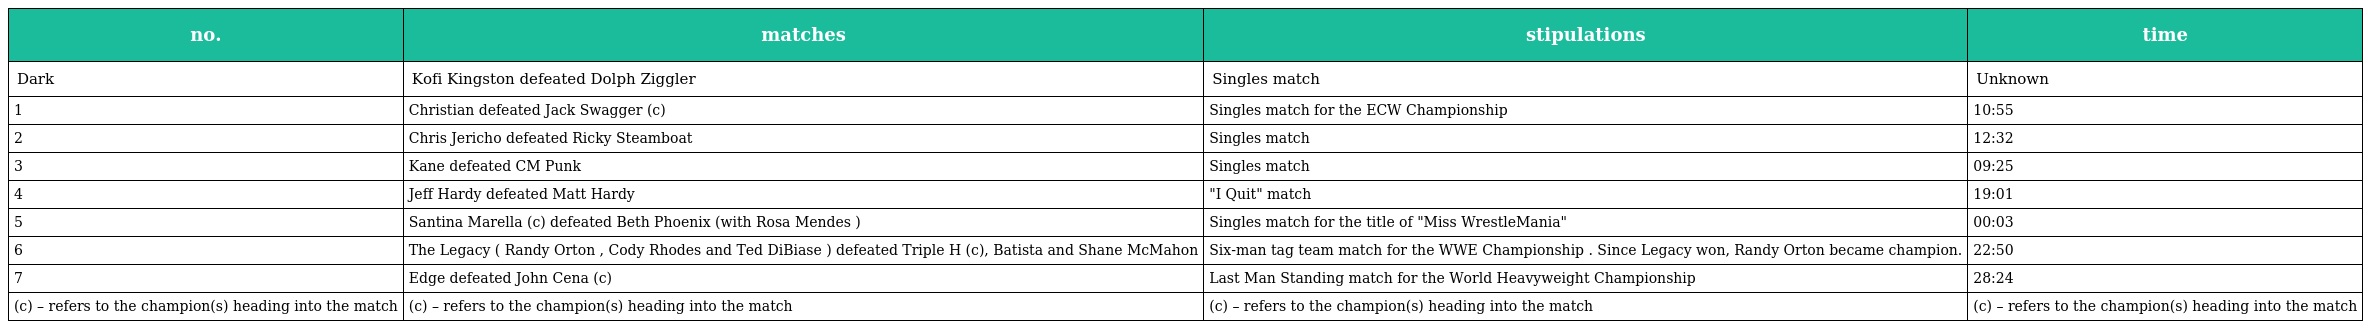
| no. | matches | stipulations | time |
 | --- | --- | --- | --- |
 | Dark | Kofi Kingston defeated Dolph Ziggler | Singles match | Unknown |
 | 1 | Christian defeated Jack Swagger (c) | Singles match for the ECW Championship | 10:55 |
 | 2 | Chris Jericho defeated Ricky Steamboat | Singles match | 12:32 |
 | 3 | Kane defeated CM Punk | Singles match | 09:25 |
 | 4 | Jeff Hardy defeated Matt Hardy | "I Quit" match | 19:01 |
 | 5 | Santina Marella (c) defeated Beth Phoenix (with Rosa Mendes ) | Singles match for the title of "Miss WrestleMania" | 00:03 |
 | 6 | The Legacy ( Randy Orton , Cody Rhodes and Ted DiBiase ) defeated Triple H (c), Batista and Shane McMahon | Six-man tag team match for the WWE Championship . Since Legacy won, Randy Orton became champion. | 22:50 |
 | 7 | Edge defeated John Cena (c) | Last Man Standing match for the World Heavyweight Championship | 28:24 |
 | (c) – refers to the champion(s) heading into the match | (c) – refers to the champion(s) heading into the match | (c) – refers to the champion(s) heading into the match | (c) – refers to the champion(s) heading into the match |